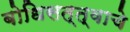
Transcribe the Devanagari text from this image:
बोधिसत्त्वाचे